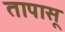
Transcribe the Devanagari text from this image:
तापासू